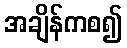
အချိန်ကစ၍